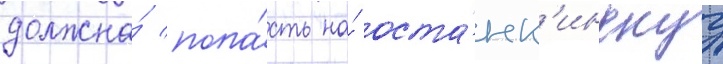
должна́ попа́сть на́ оста́нк'инскуу